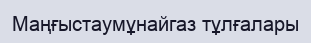
Маңғыстаумұнайгаз тұлғалары